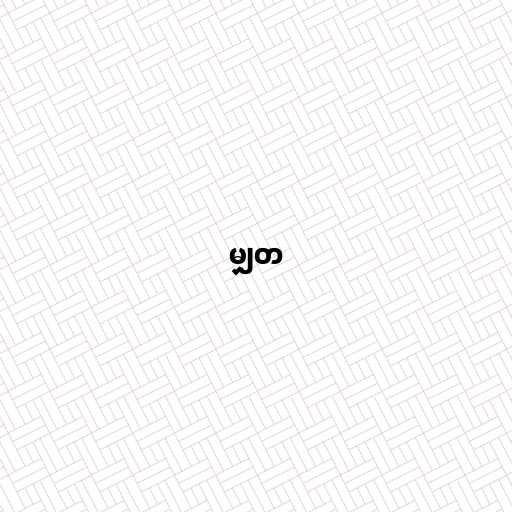
မျှတ